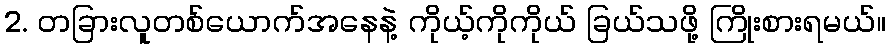
2. တခြားလူတစ်ယောက်အနေနဲ့ ကိုယ့်ကိုကိုယ် ခြယ်သဖို့ ကြိုးစားရမယ်။